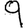
Digit: 9